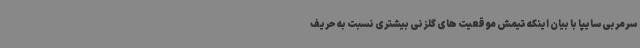
سرمربی سایپا با بیان اینکه تیمش موقعیت های گلزنی بیشتری نسبت به حریف